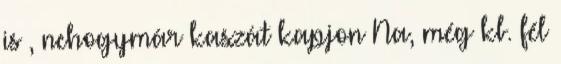
is , nehogymár kaszát kapjon Na, még kb. fél